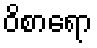
ဝိစာရော